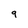
Character: 9